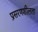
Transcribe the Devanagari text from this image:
प्रसरणशीलता